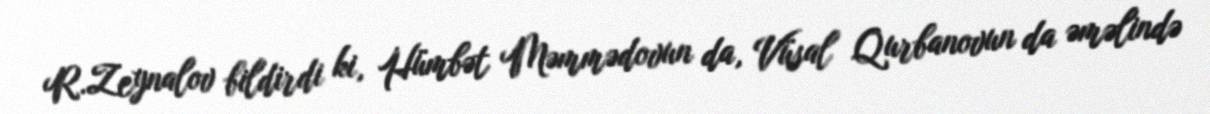
R.Zeynalov bildirdi ki, Hümbət Məmmədovun da, Vüsal Qurbanovun da əməlində